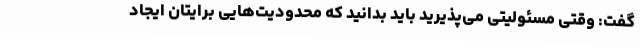
گفت: وقتی مسئولیتی می‌پذیرید باید بدانید که محدودیت‌هایی برایتان ایجاد